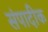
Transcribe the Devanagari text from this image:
संपादीक